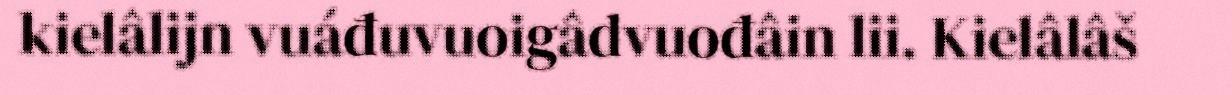
kielâlijn vuáđuvuoigâdvuođâin lii. Kielâlâš